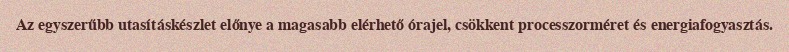
Az egyszerűbb utasításkészlet előnye a magasabb elérhető órajel, csökkent processzorméret és energiafogyasztás.